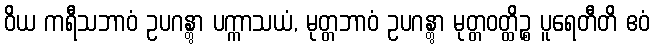
ဝိယ ကရီသဘာဝံ ဥပဂန္တွာ ပက္ကာသယံ, မုတ္တဘာဝံ ဥပဂန္တွာ မုတ္တဝတ္ထိဉ္စ ပူရေတီတိ ဧဝံ